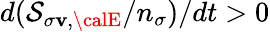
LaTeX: d(\mathcal{S}_{\sigma\mathbf{v},{\calE}}/n_{\sigma})/dt>0